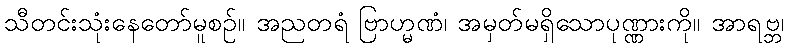
သီတင်းသုံးနေတော်မူစဉ်။ အညတရံ ဗြာဟ္မဏံ၊ အမှတ်မရှိသောပုဏ္ဏားကို။ အာရဗ္ဘ၊